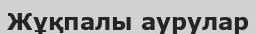
Жұқпалы аурулар